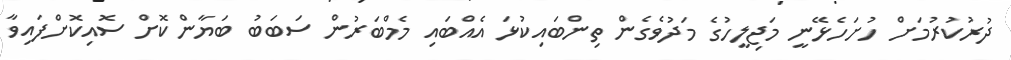
ދުރުކުރުމަށް ހުށަހެޅޭނީ މަޖިލީހުގެ މަދުވެގެން ތިންބައިކުޅަ އެއްބައި މެމްބަރުން ސަބަބު ބަޔާންކޮށް ސޮއިކޮށްފައިވާ